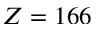
Z = 1 6 6